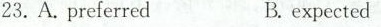
23.A. preferred B. expected